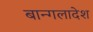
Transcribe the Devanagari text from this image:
बान्गलादेश